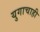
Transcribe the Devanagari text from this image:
युगाचाही